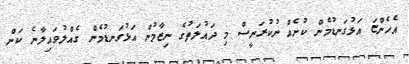
އެހެންޏަ އަޅުގަނޑުމެން ކުށެއް ނުކުރަނީސް މި ދައުލަތުގެ ނިޒާމުން އަޅުގަނޑުމެން ގެއްލުވައިލާނެ ކަން